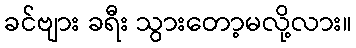
ခင်ဗျား ခရီး သွားတော့မလို့လား။